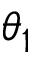
\theta _ { 1 }